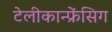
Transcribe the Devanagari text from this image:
टेलीकान्फ्रेंसिग